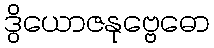
ဒွိယောဇနုဗ္ဗေဓော